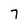
Character: 7